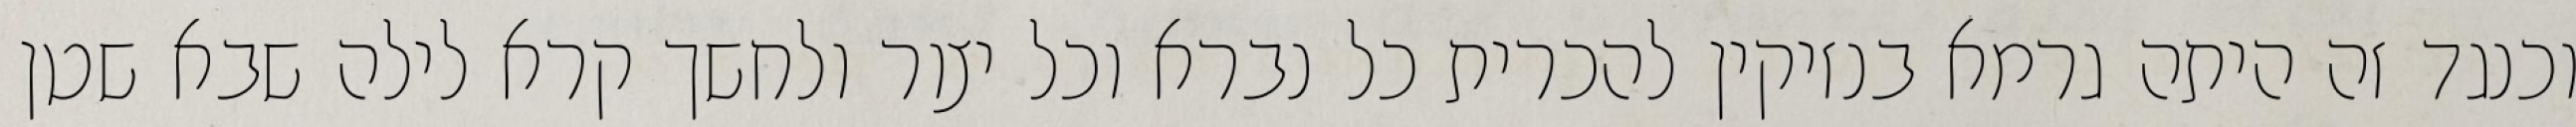
וכנגד זה היתה גרמא בנזיקין להכרית כל נברא וכל יצור ולחשך קרא לילה שבא שטן